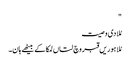
"
مُلا دی وصیت
مُلا ہوریں قبر وچ لتاں لمکا کے بیٹھے ہان۔